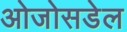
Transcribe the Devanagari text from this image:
ओजोसडेल